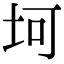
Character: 坷